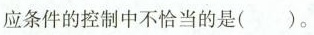
应条件的控制中不恰当的是( )。